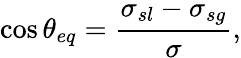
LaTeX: \cos{\theta_{eq}}=\frac{\sigma_{sl}-\sigma_{sg}}{\sigma},